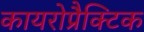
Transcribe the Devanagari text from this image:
कायरोप्रैक्टिक